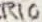
Text: R10